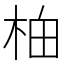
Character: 𬂯